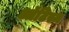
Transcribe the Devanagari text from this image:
ऑटिस्म